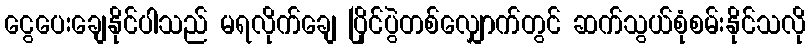
ငွေပေးချေနိုင်ပါသည် မရလိုက်ချေ ပြိုင်ပွဲတစ်လျှောက်တွင် ဆက်သွယ်စုံစမ်းနိုင်သလို